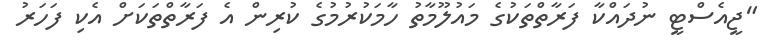
"ޖީއެސްޓީ ނުދައްކާ ފަރާތްތަކުގެ މައުލޫމާތު ހާމަކުރުމުގެ ކުރިން އެ ފަރާތްތަކަށް އެކި ފަހަރު